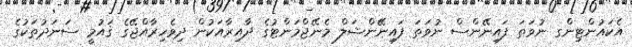
އެކައުންޓިންގ ނުވަތަ ފައިނޭންސް ނުވަތަ ފައިނޭންޝަލް މެނޭޖްމަންޓުގެ ދާއިރާއަކުން ދިވެހިރާއްޖޭގެ ޤައުމީ ސަނަދުތަކުގެ